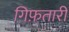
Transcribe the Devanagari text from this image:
गिफ़तारी